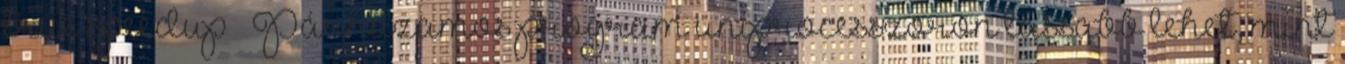
true speedup ● Párhuzamos program uniprocesszoron lassabb lehet, mint